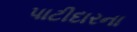
પાટીદારના